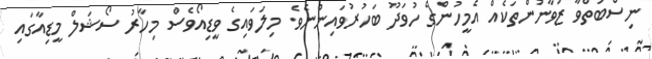
ނިސްބަތްވާ ޒުވާނުންތަކެއް އެމީހުންގެ ހުވަދޫ ބަހުރުވައިންނެވެ. މިލަވައިގެ ވީޑިއޯވެސް މިހާރު ސޯޝަލް މީޑިއާގައި